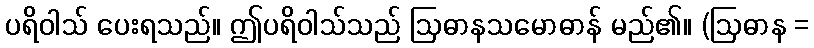
ပရိဝါသ် ပေးရသည်။ ဤပရိဝါသ်သည် ဩဓာနသမောဓာန် မည်၏။ (ဩဓာန =